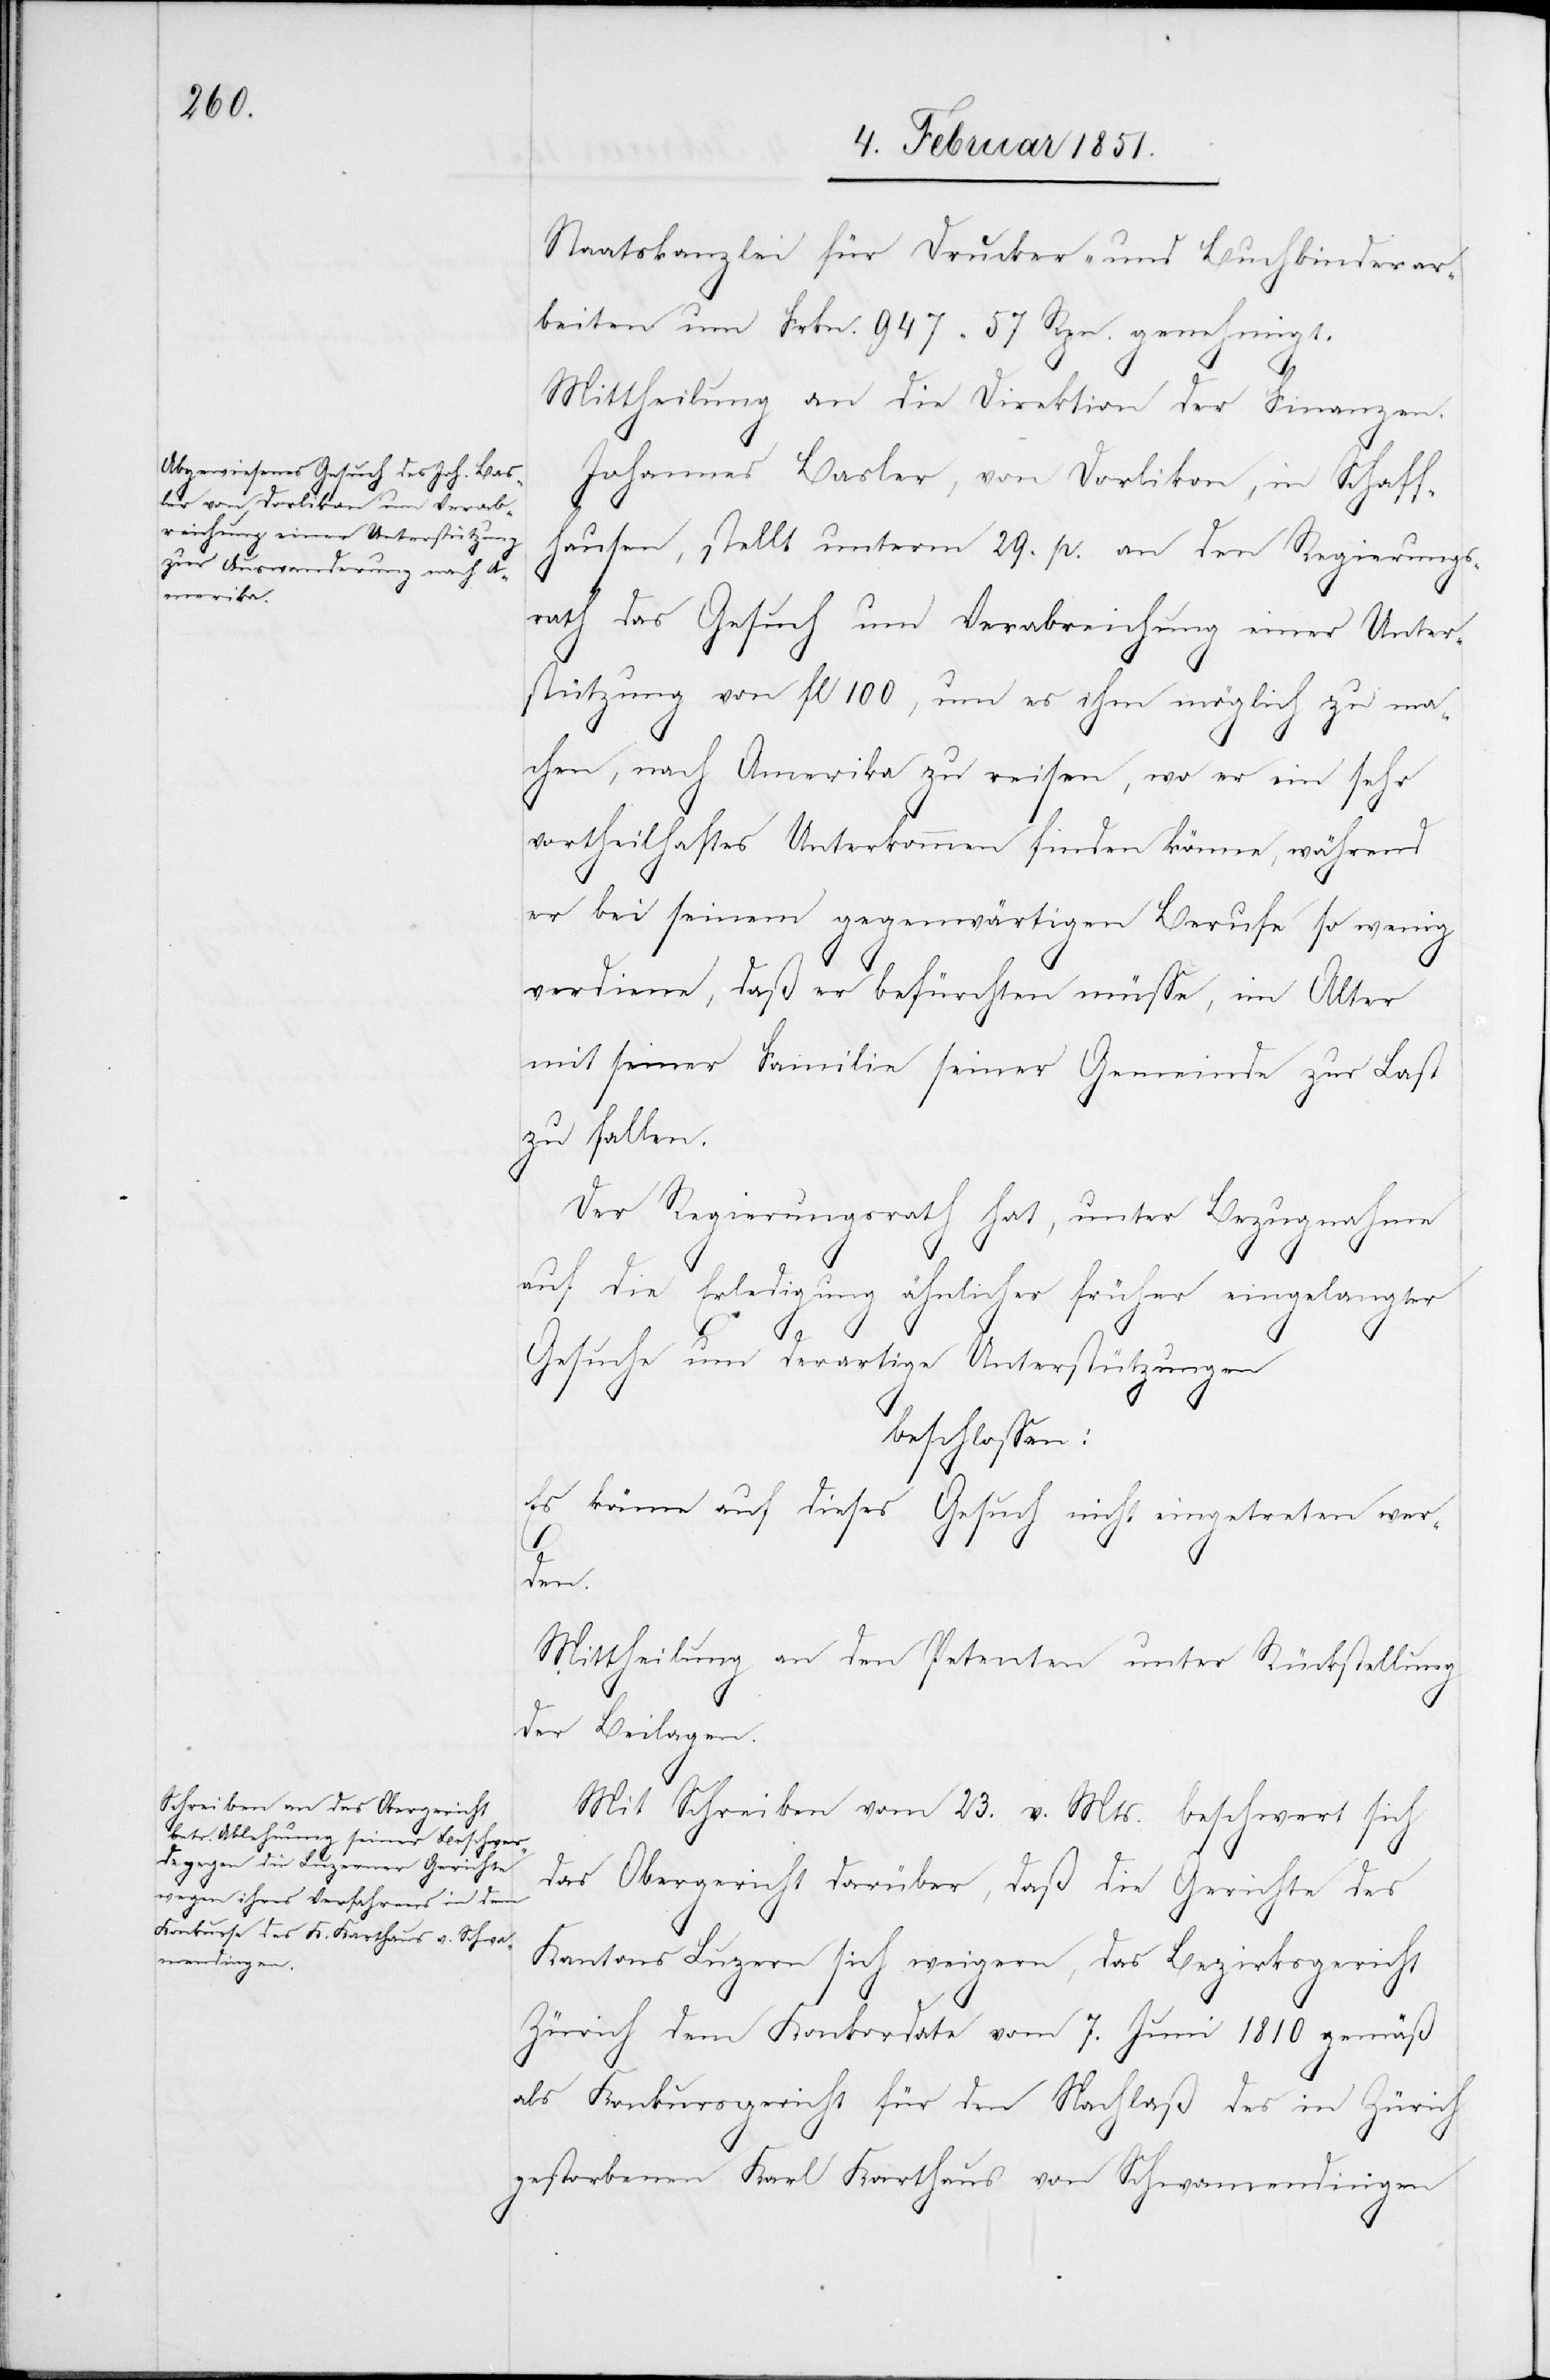
Staatskanzlei für Drucker- und Buchbinderar¬
beiten um Frkn. 947 57 Rpn. genehmigt.
Mittheilung an die Direktion der Finanzen.
Johannes Basler, von Dorlikon, in Schaff¬
hausen, stellt unterm 29. p. an den Regierungs¬
rath das Gesuch um Verabreichung einer Unter¬
stützung von fl 100, um es ihm möglich zu ma¬
chen, nach Amerika zu reisen, wo er ein sehr
vortheilhaftes Unterkommen finden könne, während
er bei seinem gegenwärtigen Berufe so wenig
verdiene, daß er befürchten müsse, im Alter
mit seiner Familie seiner Gemeinde zur Last
zu fallen.
Der Regierungsrath hat, unter Bezugnahme
auf die Erledigung ähnlicher früher eingelangter
Gesuche um derartige Unterstützungen
beschlossen:
Es könne auf dieses Gesuch nicht eingetreten wer¬
den.
Mittheilung an den Petenten unter Rückstellung
der Beilagen.
Mit Schreiben vom 23. v. Mts. beschwert sich
das Obergericht darüber, daß die Gerichte des
Kantons Luzern sich weigern, das Bezirksgericht
Zürich dem Konkordate vom 7. Juni 1810 gemäß
als Konkursgericht für den Nachlaß des in Zürich
gestorbenen Karl Karthaus von Schwamendingen